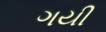
ગયી